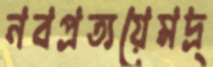
নবপ্রত্যয়েমদ্র্